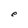
Character: e